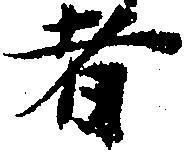
者